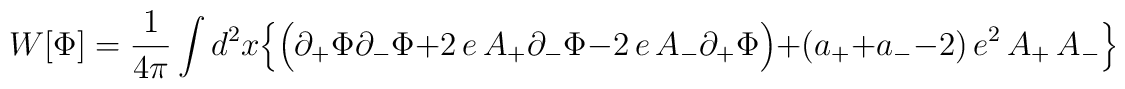
W[\Phi]={1\over {4\pi}}\int d^2x\:\Big{\{}\Big{(}\partial_+\Phi\partial_-\Phi + 2\,e\, A_+\partial_-\Phi - 2\,e\, A_-\partial_+\Phi\Big{)} +(a_+ + a_- -2)\,e^2\,A_+\,A_-\Big{\}}